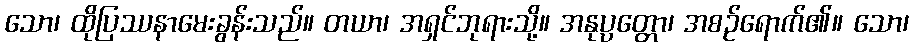
သော၊ ထိုပြဿနာမေးခွန်းသည်။ တယာ၊ အရှင်ဘုရားသို့။ အနုပ္ပတ္တော၊ အစဉ်ရောက်၏။ သော၊